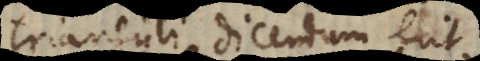
Trianguli, dicendum erit